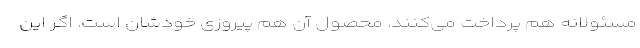
مسئولانه هم پرداخت می‌کنند. محصول آن هم پیروزی خودشان است. اگر این